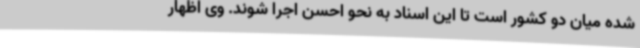
شده میان دو کشور است تا این اسناد به نحو احسن اجرا شوند. وی اظهار